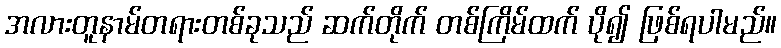
အလားတူနာမ်တရားတစ်ခုသည် ဆက်တိုက် တစ်ကြိမ်ထက် ပို၍ ဖြစ်ရပါမည်။